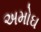
અમોઘ